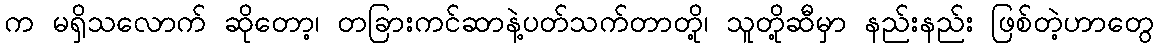
က မရှိသလောက် ဆိုတော့၊ တခြားကင်ဆာနဲ့ပတ်သက်တာတို့၊ သူတို့ဆီမှာ နည်းနည်း ဖြစ်တဲ့ဟာတွေ